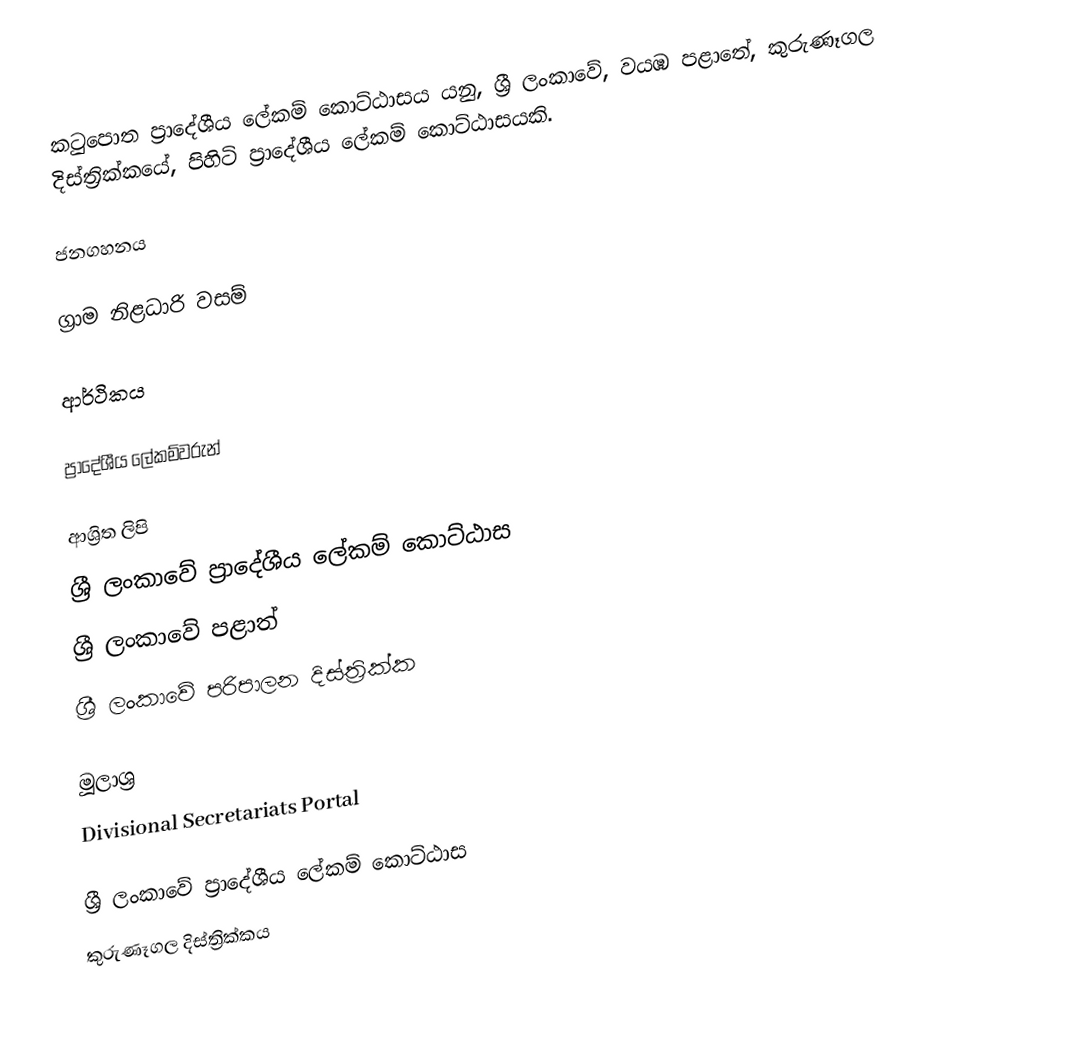
කටුපොත ප්‍රාදේශීය ලේකම් කොට්ඨාසය යනු,  ශ්‍රී ලංකාවේ, වයඹ පළාතේ,   කුරුණෑගල දිස්ත්‍රික්කයේ, පිහිටි ප්‍රාදේශීය ලේකම් කොට්ඨාසයකි.

ජනගහනය

ග්‍රාම නිළධාරි වසම්

ආර්ථිකය

ප්‍රාදේශීය ලේකම්වරුන්

ආශ්‍රිත ලිපි
ශ්‍රී ලංකාවේ ප්‍රාදේශීය ලේකම් කොට්ඨාස
ශ්‍රී ලංකාවේ පළාත්
ශ්‍රී ලංකාවේ පරිපාලන දිස්ත්‍රික්ක

මූලාශ්‍ර
 Divisional Secretariats Portal

ශ්‍රී ලංකාවේ ප්‍රාදේශීය ලේකම් කොට්ඨාස
කුරුණෑගල දිස්ත්‍රික්කය